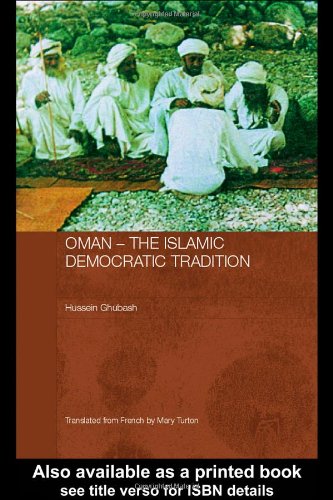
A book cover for Oman - The Islamic Democratic Tradition (Durham Modern Middle East and Islamic World Series) (English and French Edition); Hussein Ghubash; History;